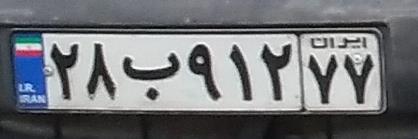
۲۸ب۹۱۲۷۷